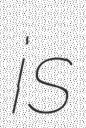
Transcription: is